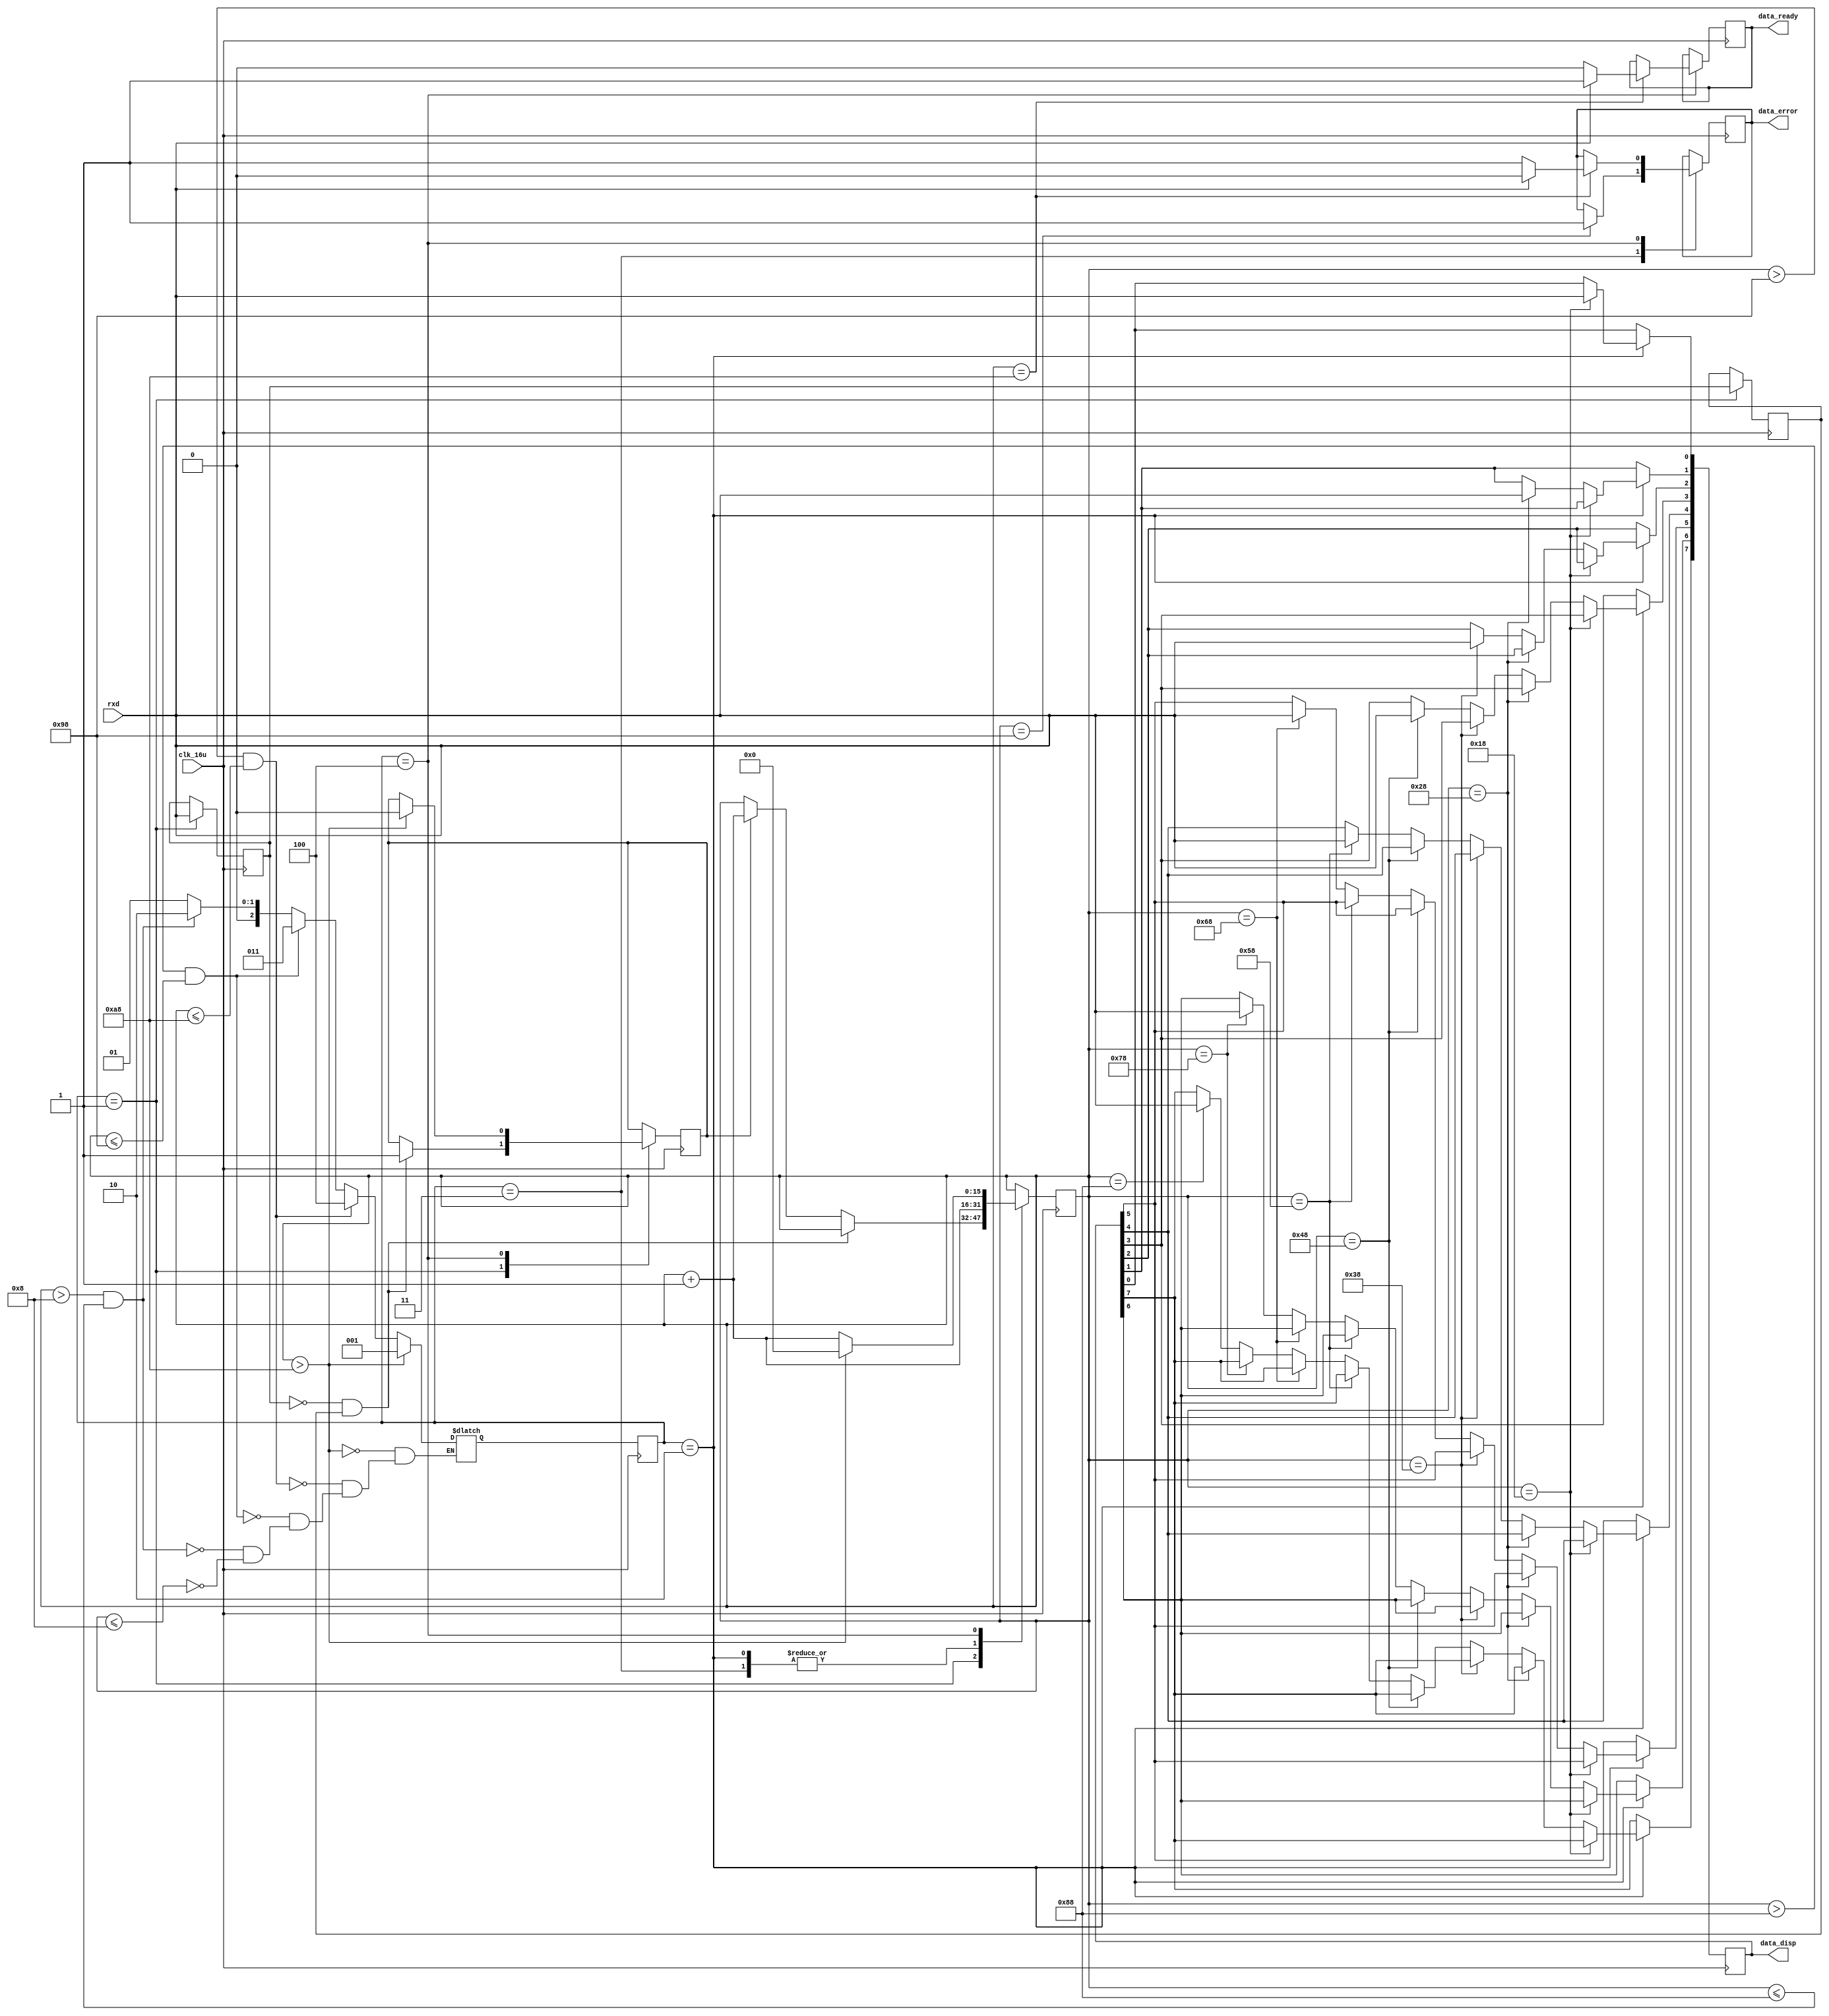
`timescale 1ns / 1ps
//////////////////////////////////////////////////////////////////////////////////
// Company: 
// Engineer: 
// 
// Design Name: 
// Module Name: Receive
// Project Name: 
// Target Devices: 
// Tool Versions: 
// Description: 
// 
// Dependencies: 
// 
// Revision:
// Revision 0.01 - File Created
// Additional Comments:
// 
//////////////////////////////////////////////////////////////////////////////////
module Receive(clk_16u, rxd, data_disp,data_ready, data_error);
input clk_16u;
input rxd;
output data_error; //
output data_ready; //ready=1
output [7:0]data_disp; //

reg data_ready,data_error;
reg[7:0]data_out=8'b0;
reg[11:0]data_out1=12'b0;
reg rxd_buf;
reg[15:0]clk_16x_cnt;
reg rxd1,rxd2;
reg start_flag;

parameter width=3;
parameter idle=1,one=2,two=3,stop=4; //4
reg[width-1:0]present_state,next_state;




initial
begin
	clk_16x_cnt=0;
	present_state=idle;
	next_state=idle;
	rxd1=1'd1;
	rxd2=1'd1;
	data_ready='d0;
	start_flag=0;
end
always@(posedge clk_16u)
begin
	present_state<=next_state;
end
always@(clk_16x_cnt)
begin
	if(clk_16x_cnt<='d8)
		next_state=idle;
	if(clk_16x_cnt>'d8&&clk_16x_cnt<='d136)
		next_state=one;
	if(clk_16x_cnt>'d136&&clk_16x_cnt<='d152)
		next_state=two;
	if(clk_16x_cnt>'d152&&clk_16x_cnt<='d168)
		next_state=stop;
	if(clk_16x_cnt>'d168)
		next_state=idle;
end
always@(posedge clk_16u)
begin
	case(present_state)
	idle:
		begin
		rxd1<=rxd;
		rxd2<=rxd1;
		if((~rxd1)&&rxd2)
			start_flag<='d1;
		else
			if(start_flag==1)
				clk_16x_cnt<=clk_16x_cnt+'d1;
		end
	one:
		begin
		clk_16x_cnt<=clk_16x_cnt+'d1;
			if(clk_16x_cnt=='d24)data_out[0]<=rxd;
			else if(clk_16x_cnt=='d40)data_out[1]<=rxd;
			else if(clk_16x_cnt=='d56)data_out[2]<=rxd;
			else if(clk_16x_cnt=='d72)data_out[3]<=rxd;
			else if(clk_16x_cnt=='d88)data_out[4]<=rxd;
			else if(clk_16x_cnt=='d104)data_out[5]<=rxd;
			else if(clk_16x_cnt=='d120)data_out[6]<=rxd;
			else if(clk_16x_cnt=='d136)data_out[7]<=rxd;
		end
	two://
		begin
			if(clk_16x_cnt=='d152)
			begin
				if(rxd_buf==rxd)data_error<=1'd1;//No error
				else data_error<=1'd1;
			end
			clk_16x_cnt<=clk_16x_cnt+'d1;
		end
	stop:
		begin
		if(clk_16x_cnt=='d168)
			begin
			if(1'd1==rxd)
				begin
					data_error<=1'd0;
					data_ready<=1'd1;
				end
			else
				begin
					data_error<=1'd1;
					data_ready<='d0;
				end
			end

		if(clk_16x_cnt>168)
			begin
			clk_16x_cnt<=0;
			start_flag<=0;
			end
		else
			clk_16x_cnt<=clk_16x_cnt+'d1;
		end
	endcase
end
assign data_disp[7:0]=data_out;
endmodule